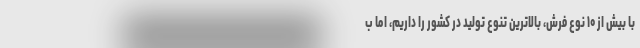
با بیش از ۱۰ نوع فرش، بالاترین تنوع تولید در کشور را داریم، اما ب